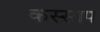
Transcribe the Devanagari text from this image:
कस्साप